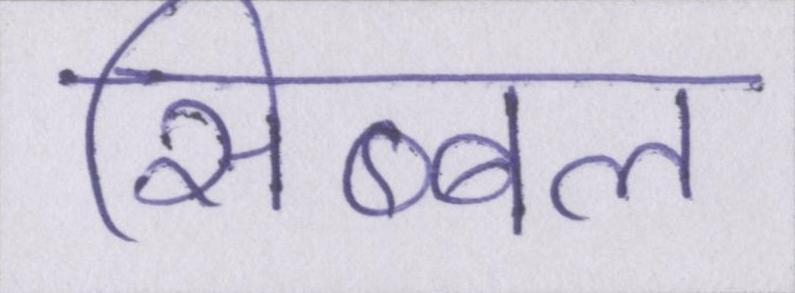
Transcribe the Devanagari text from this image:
सिब्बल